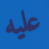
عليه